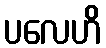
ပလေဟိ